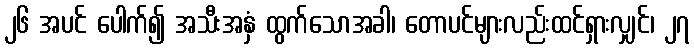
၂၆ အပင် ပေါက်၍ အသီးအနှံ ထွက်သောအခါ၊ တောပင်များလည်းထင်ရှားလျှင်၊ ၂၇